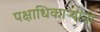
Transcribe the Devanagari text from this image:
पक्षाधिकाऱ्यांनी